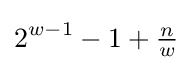
2^{w-1}-1+{\tfrac {n}{w}}